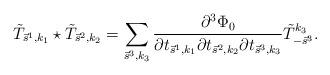
LaTeX: \begin{align*}\tilde{T}_{\vec s^1,k_1}\star \tilde{T}_{\vec s^2,k_2}=\sum_{\vec s^3,k_3}\frac{\partial^3 \Phi_0}{\partial t_{\vec s^1,k_1}\partial t_{\vec s^2,k_2}\partial t_{\vec s^3,k_3}}\tilde{T}_{-\vec s^3}^{k_3}.\end{align*}